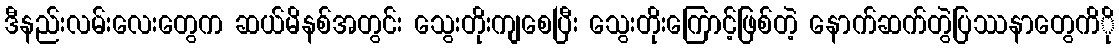
ဒီနည်းလမ်းလေးတွေက ဆယ်မိနစ်အတွင်း သွေးတိုးကျစေပြီး သွေးတိုးကြောင့်ဖြစ်တဲ့ နောက်ဆက်တွဲပြဿနာတွေကိို